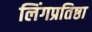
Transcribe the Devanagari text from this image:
लिंगप्रतिष्ठा